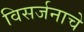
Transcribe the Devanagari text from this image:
विसर्जनाचे